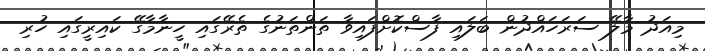
މިއަދު މާލޭ ސަރަހައްދުން ބަލައި ފާސްކޮށްފައިވާ ތަންތަނުގެ ތެރޭގައި ހީނާމާގޭ ކައިރީގައި ހުރި